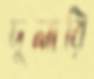
দুলারি